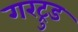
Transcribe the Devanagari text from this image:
गरट्रुड